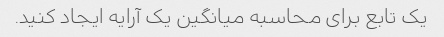
یک تابع برای محاسبه میانگین یک آرایه ایجاد کنید.